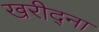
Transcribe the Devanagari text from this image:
खरीद्ना